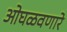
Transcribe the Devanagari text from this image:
ओघळवणारे